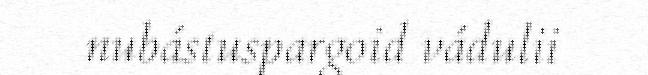
nubástuspargoid vádulii